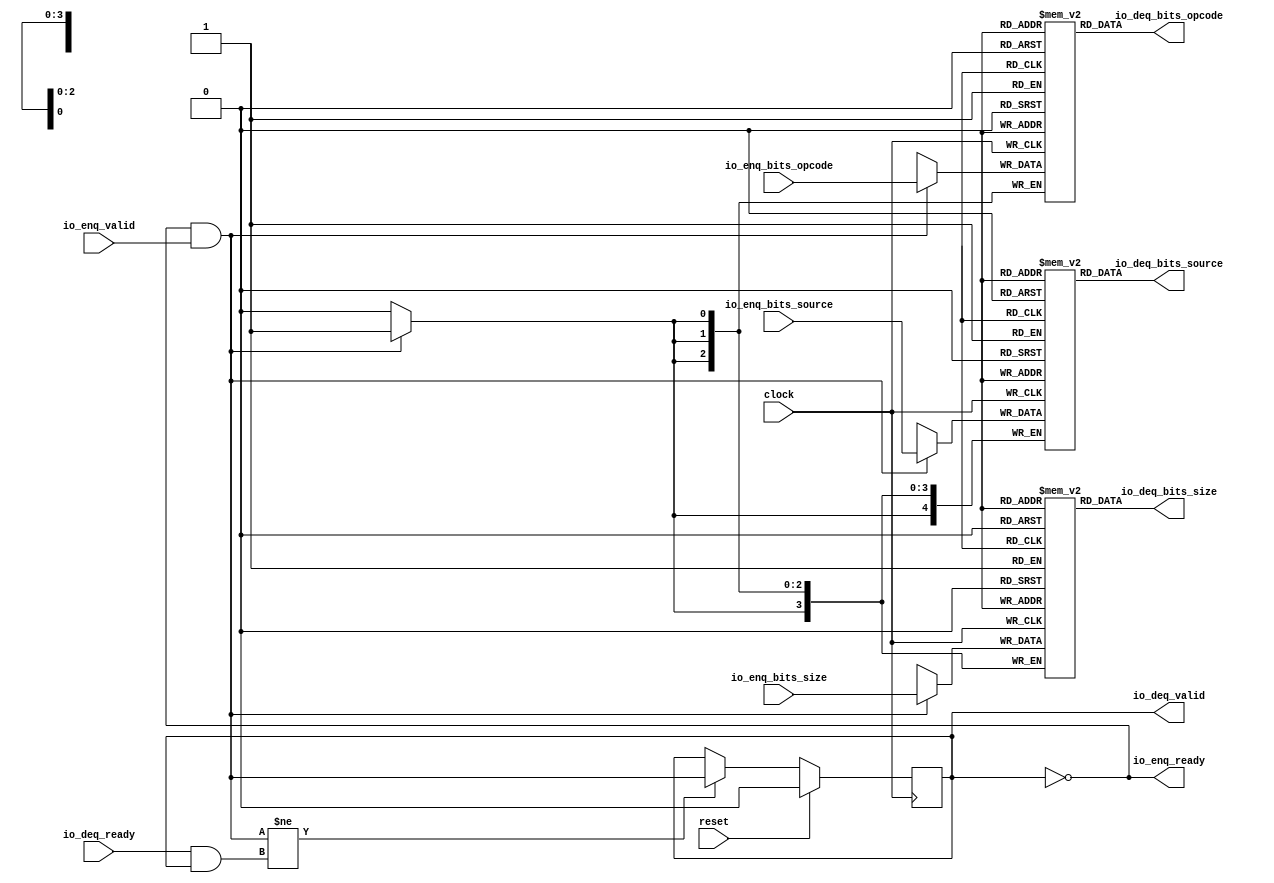
module Queue_23( // @[:freechips.rocketchip.system.DefaultRV32Config.fir@55783.2]
  input        clock, // @[:freechips.rocketchip.system.DefaultRV32Config.fir@55784.4]
  input        reset, // @[:freechips.rocketchip.system.DefaultRV32Config.fir@55785.4]
  output       io_enq_ready, // @[:freechips.rocketchip.system.DefaultRV32Config.fir@55786.4]
  input        io_enq_valid, // @[:freechips.rocketchip.system.DefaultRV32Config.fir@55786.4]
  input  [2:0] io_enq_bits_opcode, // @[:freechips.rocketchip.system.DefaultRV32Config.fir@55786.4]
  input  [3:0] io_enq_bits_size, // @[:freechips.rocketchip.system.DefaultRV32Config.fir@55786.4]
  input  [4:0] io_enq_bits_source, // @[:freechips.rocketchip.system.DefaultRV32Config.fir@55786.4]
  input        io_deq_ready, // @[:freechips.rocketchip.system.DefaultRV32Config.fir@55786.4]
  output       io_deq_valid, // @[:freechips.rocketchip.system.DefaultRV32Config.fir@55786.4]
  output [2:0] io_deq_bits_opcode, // @[:freechips.rocketchip.system.DefaultRV32Config.fir@55786.4]
  output [3:0] io_deq_bits_size, // @[:freechips.rocketchip.system.DefaultRV32Config.fir@55786.4]
  output [4:0] io_deq_bits_source // @[:freechips.rocketchip.system.DefaultRV32Config.fir@55786.4]
);
`ifdef RANDOMIZE_MEM_INIT
  reg [31:0] _RAND_0;
  reg [31:0] _RAND_1;
  reg [31:0] _RAND_2;
`endif // RANDOMIZE_MEM_INIT
`ifdef RANDOMIZE_REG_INIT
  reg [31:0] _RAND_3;
`endif // RANDOMIZE_REG_INIT
  reg [2:0] ram_opcode [0:0]; // @[Decoupled.scala 209:16:freechips.rocketchip.system.DefaultRV32Config.fir@55788.4]
  wire [2:0] ram_opcode__T_7_data; // @[Decoupled.scala 209:16:freechips.rocketchip.system.DefaultRV32Config.fir@55788.4]
  wire  ram_opcode__T_7_addr; // @[Decoupled.scala 209:16:freechips.rocketchip.system.DefaultRV32Config.fir@55788.4]
  wire [2:0] ram_opcode__T_3_data; // @[Decoupled.scala 209:16:freechips.rocketchip.system.DefaultRV32Config.fir@55788.4]
  wire  ram_opcode__T_3_addr; // @[Decoupled.scala 209:16:freechips.rocketchip.system.DefaultRV32Config.fir@55788.4]
  wire  ram_opcode__T_3_mask; // @[Decoupled.scala 209:16:freechips.rocketchip.system.DefaultRV32Config.fir@55788.4]
  wire  ram_opcode__T_3_en; // @[Decoupled.scala 209:16:freechips.rocketchip.system.DefaultRV32Config.fir@55788.4]
  reg [3:0] ram_size [0:0]; // @[Decoupled.scala 209:16:freechips.rocketchip.system.DefaultRV32Config.fir@55788.4]
  wire [3:0] ram_size__T_7_data; // @[Decoupled.scala 209:16:freechips.rocketchip.system.DefaultRV32Config.fir@55788.4]
  wire  ram_size__T_7_addr; // @[Decoupled.scala 209:16:freechips.rocketchip.system.DefaultRV32Config.fir@55788.4]
  wire [3:0] ram_size__T_3_data; // @[Decoupled.scala 209:16:freechips.rocketchip.system.DefaultRV32Config.fir@55788.4]
  wire  ram_size__T_3_addr; // @[Decoupled.scala 209:16:freechips.rocketchip.system.DefaultRV32Config.fir@55788.4]
  wire  ram_size__T_3_mask; // @[Decoupled.scala 209:16:freechips.rocketchip.system.DefaultRV32Config.fir@55788.4]
  wire  ram_size__T_3_en; // @[Decoupled.scala 209:16:freechips.rocketchip.system.DefaultRV32Config.fir@55788.4]
  reg [4:0] ram_source [0:0]; // @[Decoupled.scala 209:16:freechips.rocketchip.system.DefaultRV32Config.fir@55788.4]
  wire [4:0] ram_source__T_7_data; // @[Decoupled.scala 209:16:freechips.rocketchip.system.DefaultRV32Config.fir@55788.4]
  wire  ram_source__T_7_addr; // @[Decoupled.scala 209:16:freechips.rocketchip.system.DefaultRV32Config.fir@55788.4]
  wire [4:0] ram_source__T_3_data; // @[Decoupled.scala 209:16:freechips.rocketchip.system.DefaultRV32Config.fir@55788.4]
  wire  ram_source__T_3_addr; // @[Decoupled.scala 209:16:freechips.rocketchip.system.DefaultRV32Config.fir@55788.4]
  wire  ram_source__T_3_mask; // @[Decoupled.scala 209:16:freechips.rocketchip.system.DefaultRV32Config.fir@55788.4]
  wire  ram_source__T_3_en; // @[Decoupled.scala 209:16:freechips.rocketchip.system.DefaultRV32Config.fir@55788.4]
  reg  maybe_full; // @[Decoupled.scala 212:27:freechips.rocketchip.system.DefaultRV32Config.fir@55789.4]
  wire  empty; // @[Decoupled.scala 215:28:freechips.rocketchip.system.DefaultRV32Config.fir@55791.4]
  wire  do_enq; // @[Decoupled.scala 40:37:freechips.rocketchip.system.DefaultRV32Config.fir@55794.4]
  wire  do_deq; // @[Decoupled.scala 40:37:freechips.rocketchip.system.DefaultRV32Config.fir@55797.4]
  wire  _T_4; // @[Decoupled.scala 227:16:freechips.rocketchip.system.DefaultRV32Config.fir@55813.4]
  assign ram_opcode__T_7_addr = 1'h0;
  assign ram_opcode__T_7_data = ram_opcode[ram_opcode__T_7_addr]; // @[Decoupled.scala 209:16:freechips.rocketchip.system.DefaultRV32Config.fir@55788.4]
  assign ram_opcode__T_3_data = io_enq_bits_opcode;
  assign ram_opcode__T_3_addr = 1'h0;
  assign ram_opcode__T_3_mask = 1'h1;
  assign ram_opcode__T_3_en = io_enq_ready & io_enq_valid;
  assign ram_size__T_7_addr = 1'h0;
  assign ram_size__T_7_data = ram_size[ram_size__T_7_addr]; // @[Decoupled.scala 209:16:freechips.rocketchip.system.DefaultRV32Config.fir@55788.4]
  assign ram_size__T_3_data = io_enq_bits_size;
  assign ram_size__T_3_addr = 1'h0;
  assign ram_size__T_3_mask = 1'h1;
  assign ram_size__T_3_en = io_enq_ready & io_enq_valid;
  assign ram_source__T_7_addr = 1'h0;
  assign ram_source__T_7_data = ram_source[ram_source__T_7_addr]; // @[Decoupled.scala 209:16:freechips.rocketchip.system.DefaultRV32Config.fir@55788.4]
  assign ram_source__T_3_data = io_enq_bits_source;
  assign ram_source__T_3_addr = 1'h0;
  assign ram_source__T_3_mask = 1'h1;
  assign ram_source__T_3_en = io_enq_ready & io_enq_valid;
  assign empty = ~maybe_full; // @[Decoupled.scala 215:28:freechips.rocketchip.system.DefaultRV32Config.fir@55791.4]
  assign do_enq = io_enq_ready & io_enq_valid; // @[Decoupled.scala 40:37:freechips.rocketchip.system.DefaultRV32Config.fir@55794.4]
  assign do_deq = io_deq_ready & io_deq_valid; // @[Decoupled.scala 40:37:freechips.rocketchip.system.DefaultRV32Config.fir@55797.4]
  assign _T_4 = do_enq != do_deq; // @[Decoupled.scala 227:16:freechips.rocketchip.system.DefaultRV32Config.fir@55813.4]
  assign io_enq_ready = ~maybe_full; // @[Decoupled.scala 232:16:freechips.rocketchip.system.DefaultRV32Config.fir@55820.4]
  assign io_deq_valid = ~empty; // @[Decoupled.scala 231:16:freechips.rocketchip.system.DefaultRV32Config.fir@55818.4]
  assign io_deq_bits_opcode = ram_opcode__T_7_data; // @[Decoupled.scala 233:15:freechips.rocketchip.system.DefaultRV32Config.fir@55829.4]
  assign io_deq_bits_size = ram_size__T_7_data; // @[Decoupled.scala 233:15:freechips.rocketchip.system.DefaultRV32Config.fir@55827.4]
  assign io_deq_bits_source = ram_source__T_7_data; // @[Decoupled.scala 233:15:freechips.rocketchip.system.DefaultRV32Config.fir@55826.4]
`ifdef RANDOMIZE_GARBAGE_ASSIGN
`define RANDOMIZE
`endif
`ifdef RANDOMIZE_INVALID_ASSIGN
`define RANDOMIZE
`endif
`ifdef RANDOMIZE_REG_INIT
`define RANDOMIZE
`endif
`ifdef RANDOMIZE_MEM_INIT
`define RANDOMIZE
`endif
`ifndef RANDOM
`define RANDOM $random
`endif
`ifdef RANDOMIZE_MEM_INIT
  integer initvar;
`endif
`ifndef SYNTHESIS
`ifdef FIRRTL_BEFORE_INITIAL
`FIRRTL_BEFORE_INITIAL
`endif
initial begin
  `ifdef RANDOMIZE
    `ifdef INIT_RANDOM
      `INIT_RANDOM
    `endif
    `ifndef VERILATOR
      `ifdef RANDOMIZE_DELAY
        #`RANDOMIZE_DELAY begin end
      `else
        #0.002 begin end
      `endif
    `endif
`ifdef RANDOMIZE_MEM_INIT
  _RAND_0 = {1{`RANDOM}};
  for (initvar = 0; initvar < 1; initvar = initvar+1)
    ram_opcode[initvar] = _RAND_0[2:0];
  _RAND_1 = {1{`RANDOM}};
  for (initvar = 0; initvar < 1; initvar = initvar+1)
    ram_size[initvar] = _RAND_1[3:0];
  _RAND_2 = {1{`RANDOM}};
  for (initvar = 0; initvar < 1; initvar = initvar+1)
    ram_source[initvar] = _RAND_2[4:0];
`endif // RANDOMIZE_MEM_INIT
`ifdef RANDOMIZE_REG_INIT
  _RAND_3 = {1{`RANDOM}};
  maybe_full = _RAND_3[0:0];
`endif // RANDOMIZE_REG_INIT
  `endif // RANDOMIZE
end // initial
`ifdef FIRRTL_AFTER_INITIAL
`FIRRTL_AFTER_INITIAL
`endif
`endif // SYNTHESIS
  always @(posedge clock) begin
    if(ram_opcode__T_3_en & ram_opcode__T_3_mask) begin
      ram_opcode[ram_opcode__T_3_addr] <= ram_opcode__T_3_data; // @[Decoupled.scala 209:16:freechips.rocketchip.system.DefaultRV32Config.fir@55788.4]
    end
    if(ram_size__T_3_en & ram_size__T_3_mask) begin
      ram_size[ram_size__T_3_addr] <= ram_size__T_3_data; // @[Decoupled.scala 209:16:freechips.rocketchip.system.DefaultRV32Config.fir@55788.4]
    end
    if(ram_source__T_3_en & ram_source__T_3_mask) begin
      ram_source[ram_source__T_3_addr] <= ram_source__T_3_data; // @[Decoupled.scala 209:16:freechips.rocketchip.system.DefaultRV32Config.fir@55788.4]
    end
    if (reset) begin
      maybe_full <= 1'h0;
    end else if (_T_4) begin
      maybe_full <= do_enq;
    end
  end
endmodule